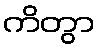
ကိတွာ